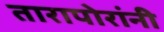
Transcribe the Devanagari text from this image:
तारापोरांनी